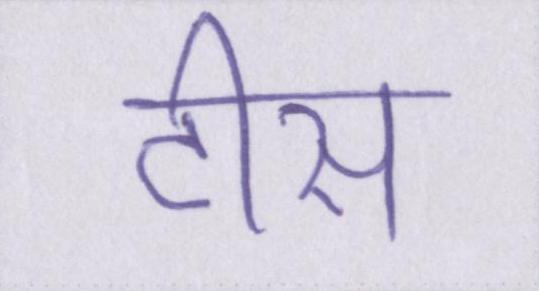
टीस